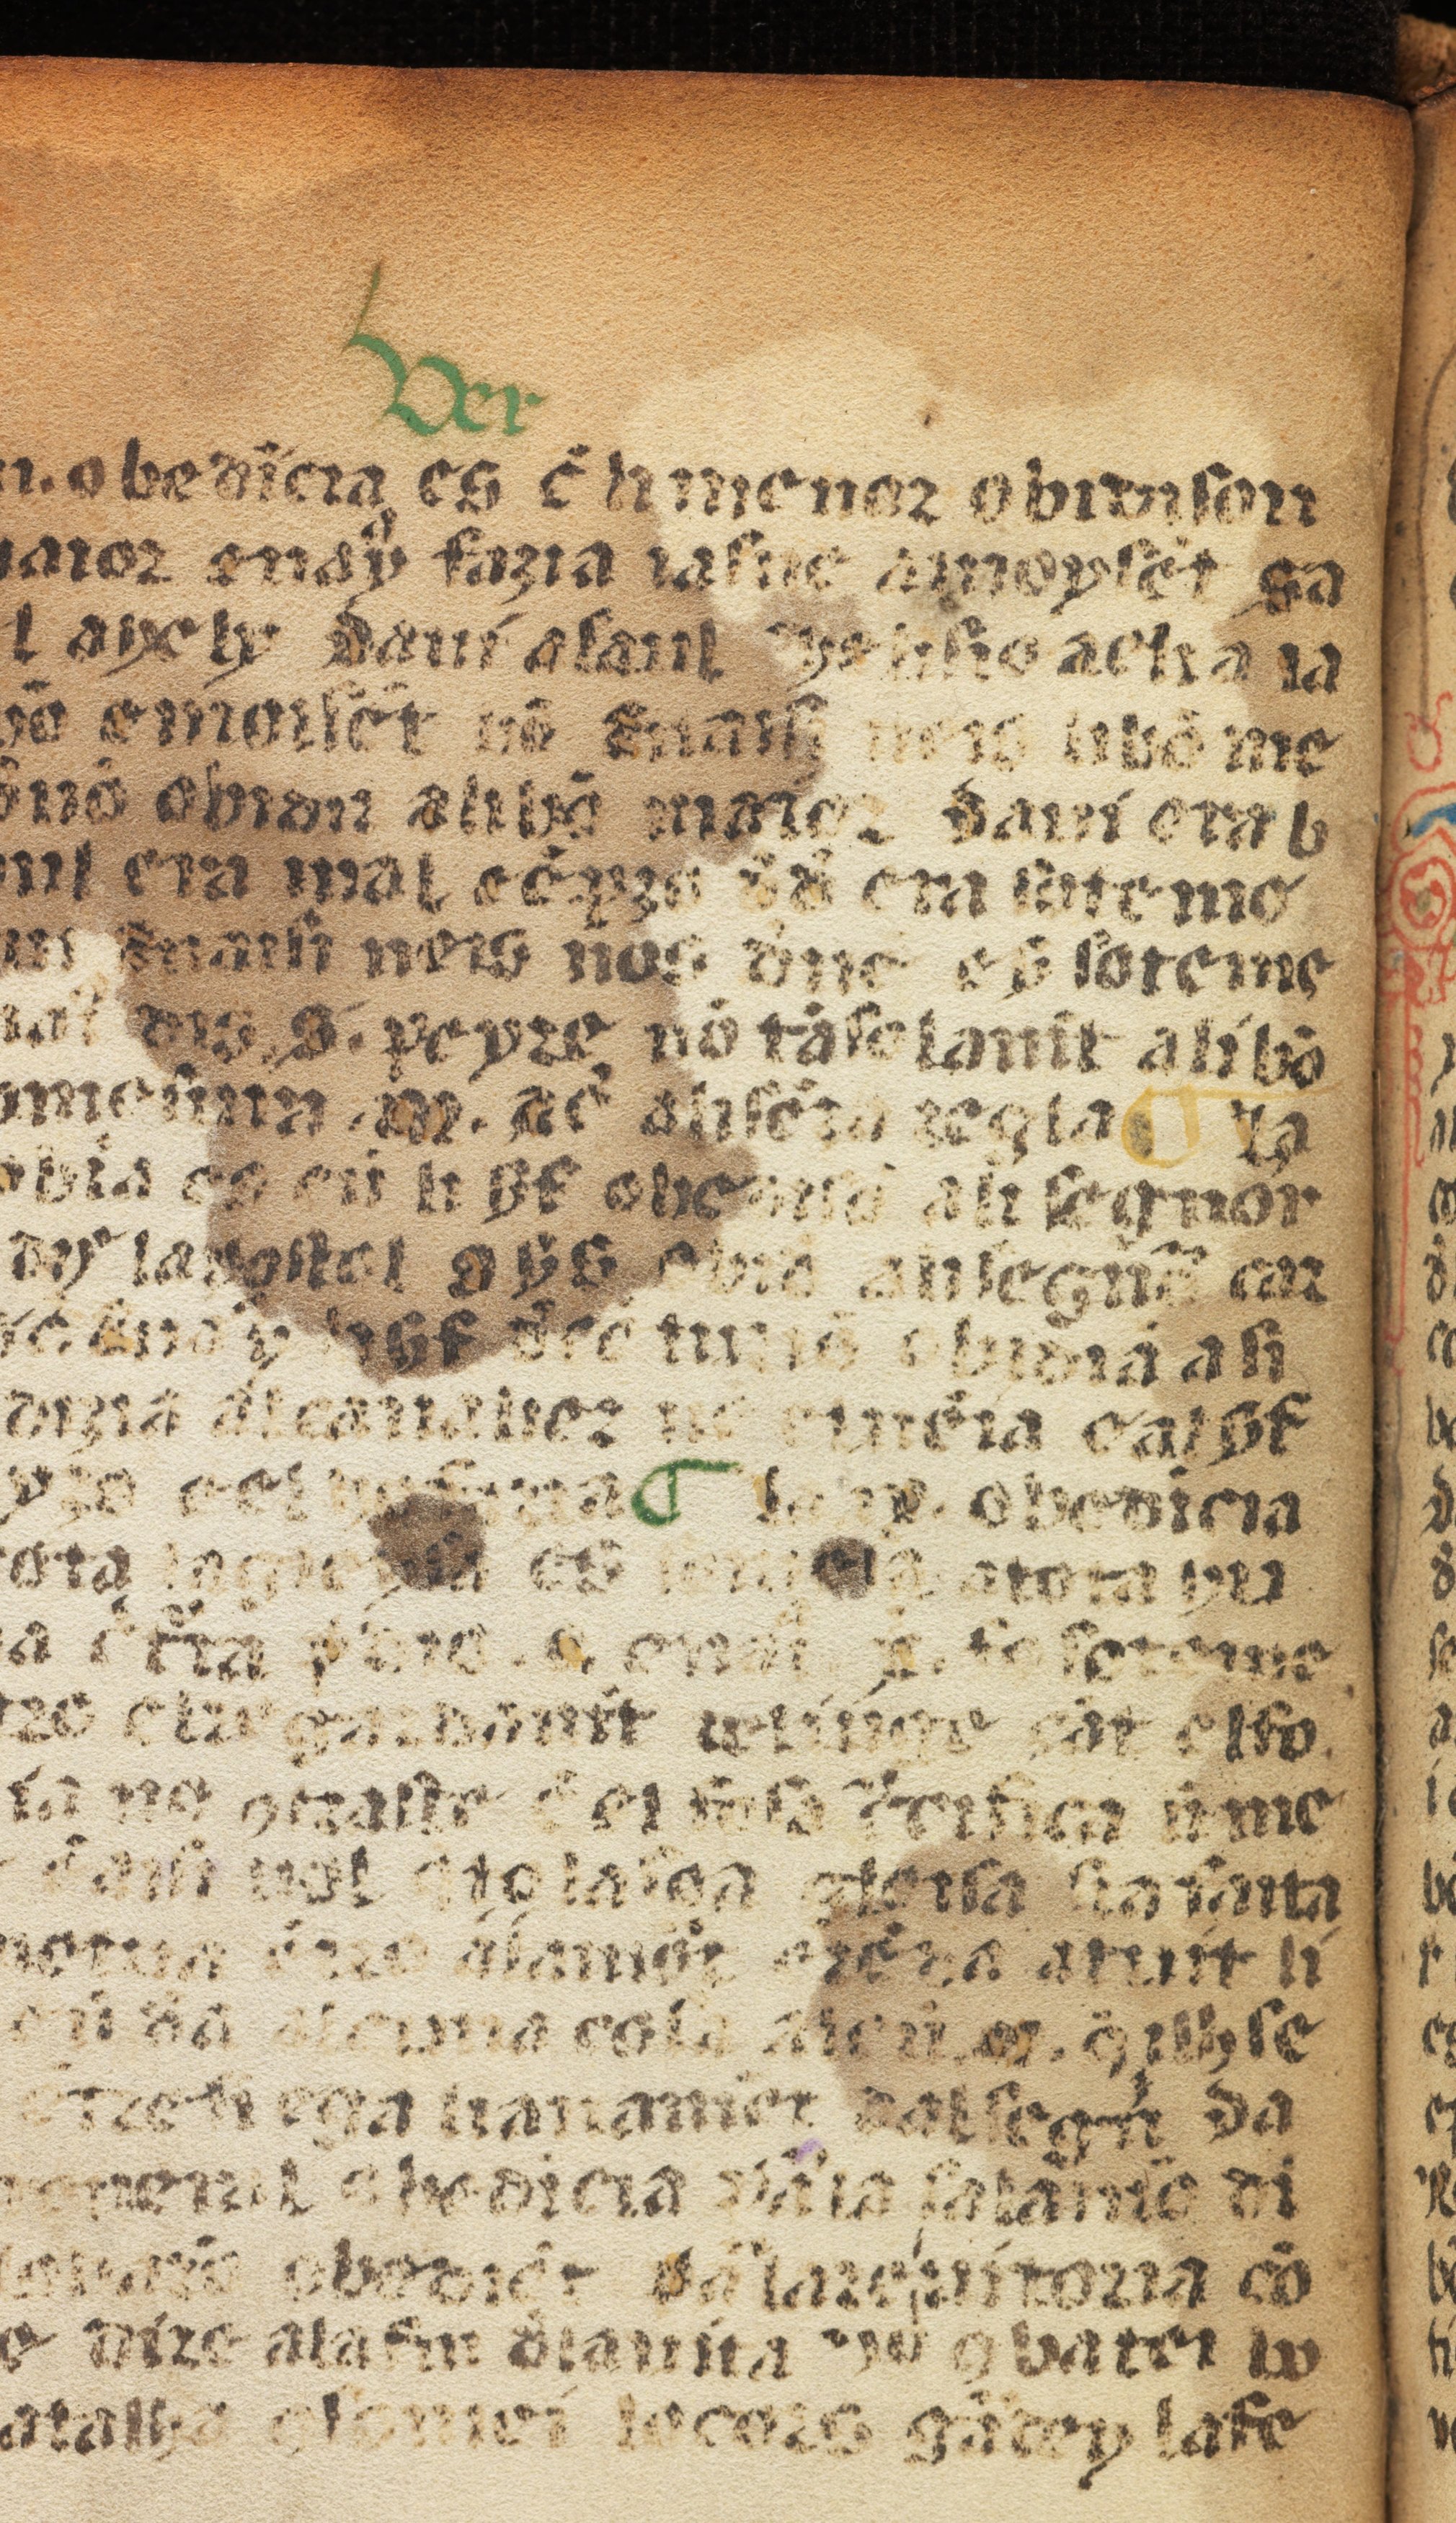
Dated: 1400–1499